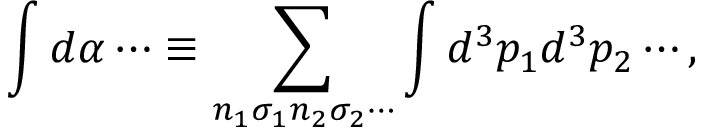
\int d \alpha \cdots \equiv \sum _ { n _ { 1 } \sigma _ { 1 } n _ { 2 } \sigma _ { 2 } \cdots } \int d ^ { 3 } p _ { 1 } d ^ { 3 } p _ { 2 } \cdots ,